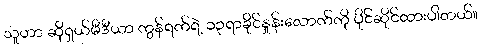
သူဟာ ဆိုရှယ်မီဒီယာ ကွန်ရက်ရဲ့ ၁၃ရာခိုင်နှုန်းလောက်ကို ပိုင်ဆိုင်ထားပါတယ်။